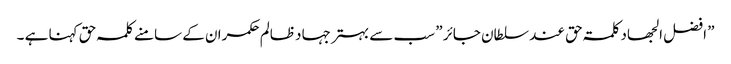
” افضل الجھاد کلمۃ حق عند سلطان جائر ” سب سے بہتر جہاد ظالم حکمران کے سامنے کلمہ حق کہنا ہے ۔